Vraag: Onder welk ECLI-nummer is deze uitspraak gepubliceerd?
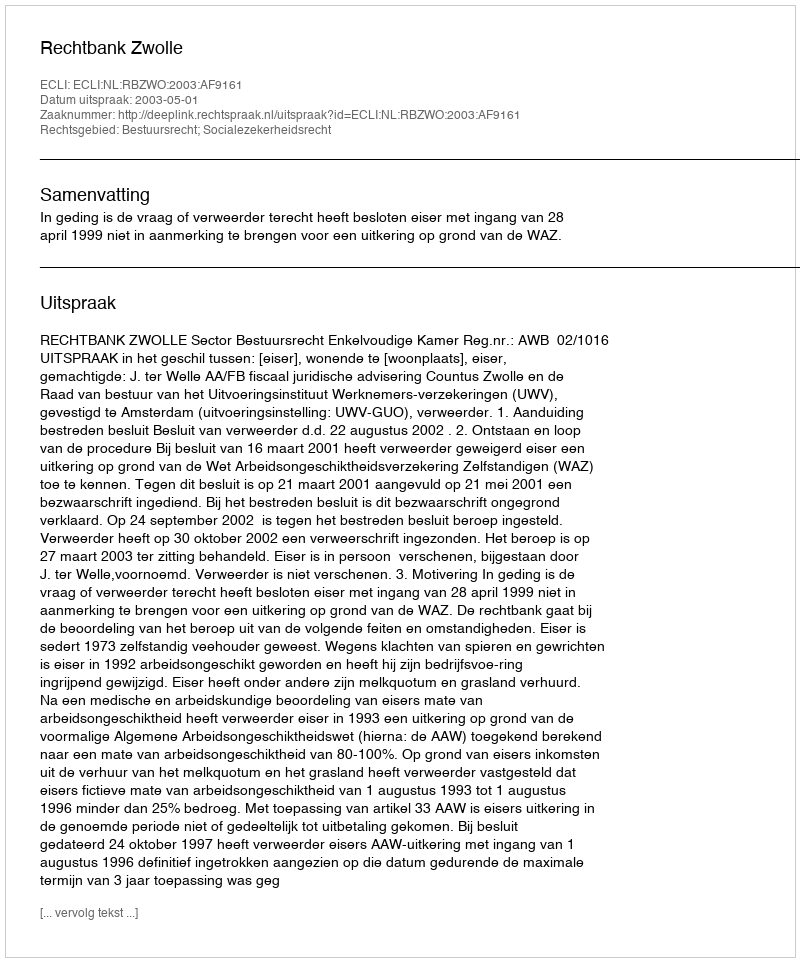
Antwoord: ECLI:NL:RBZWO:2003:AF9161